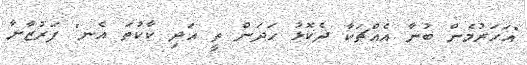
"އަހަރުމެން ބުނާ އެއްޗަކާ ދެކޮޅު ހަދަން ތީ އަދި ކާކުތަ އެނ" ފަރުޒާނާ